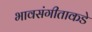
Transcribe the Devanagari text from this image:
भावसंगीताकडे